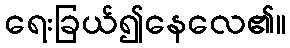
ရေးခြယ်၍နေလေ၏။